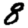
Digit: 8